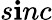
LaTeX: s\mathbf{i}nc